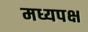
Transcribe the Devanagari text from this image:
मध्यपक्ष